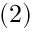
( 2 )